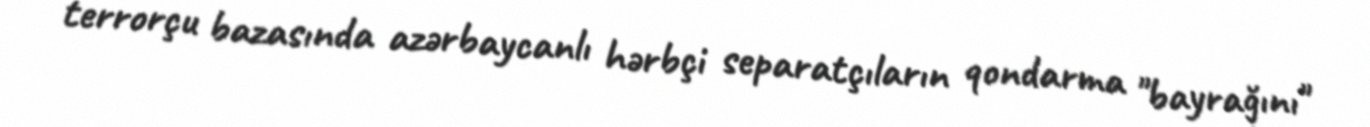
terrorçu bazasında azərbaycanlı hərbçi separatçıların qondarma "bayrağını"